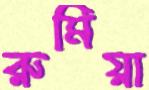
রুমিয়া